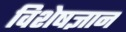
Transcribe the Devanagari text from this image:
विशेषज्ञान